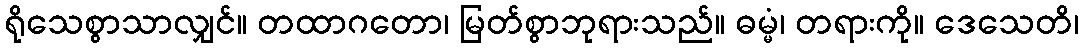
ရိုသေစွာသာလျှင်။ တထာဂတော၊ မြတ်စွာဘုရားသည်။ ဓမ္မံ၊ တရားကို။ ဒေသေတိ၊